Vaccination United Provinces of Agra and Oudh 1923-1928 - 1923-1928
Year: 1923
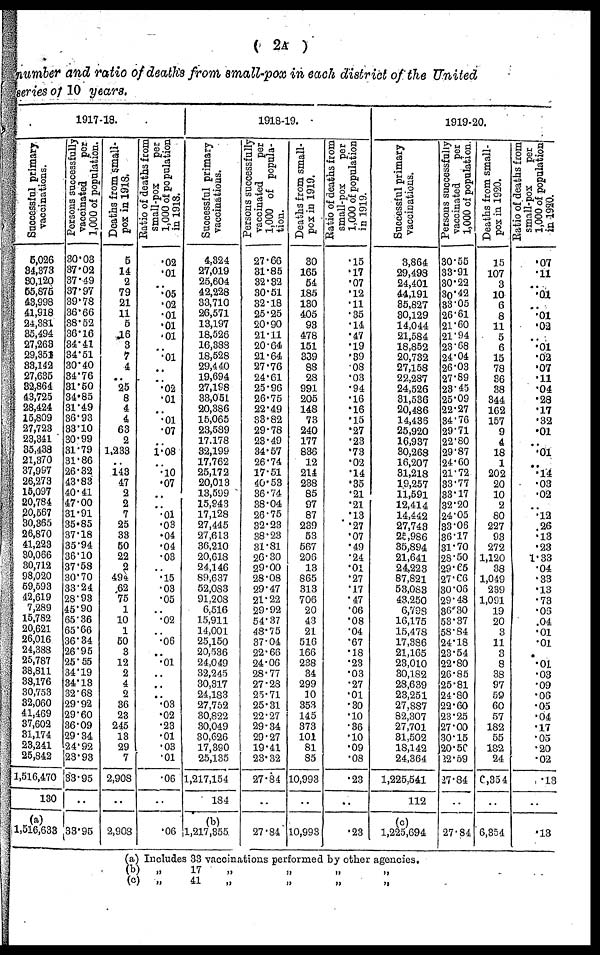
( 2A )
number and ratio of deaths from small-pox in each district of the United
series of 10 years.
1917-18.
Successful primary
vaccinations.
5,026
34,373
30,120
55,875
43,998
41,918
24,381
35,494
27,263
29,351
33,142
27,635
32,864
43,725
28,424
15,809
27,723
23,341
35,438
21,370
37,997
26,273
15,097
20,784
20,567
30,365
26,870
41,223
30,066
30,712
98,020
59,593
42,619
7,289
15,782
20,621
26,016
24,388
25,787
38,811
38,176
30,753
32,060
41,469
37,602
31,174
23,241
25,842
1,516,470
130
(a)
1,516,633
Persons successfully
vaccinated
per
1,000 of population.
30.03
37.02
37.49
37.97
39.78
36.66
38.62
36.16
34.41
34.51
30.40
34.76
31.50
34.85
31.49
36.93
33.10
30.99
31.79
31.86
26.32
43.83
40.41
47.00
31.91
35.85
37.18
35.94
36.10
37.58
30.70
33.24
28.98
45.90
65.36
65.66
36.34
26.95
25.55
34.19
34.13
32.68
29.92
29.60
36.09
29.34
24.92
23.93
33.95
..
33.95
Deaths from small-
pox in 1918.
5
14
2
79
21
11
5
16
3
7
4
..
25
8
4
4
63
2
1,233
..
148
47
2
2
7
25
33
50
22
2
494
62
75
1
10
1
50
3
12
2
4
2
36
23
245
13
29
7
2,908
..
2,903
Ratio of deaths from
small-pox
per
1,000 of population
in 1918.
.02
.01
..
.05
.02
.01
.01
.01
..
.01
..
..
.02
.01
..
.01
.07
..
1.08
..
.10
.07
..
..
.01
.03
.04
.04
.03
..
.15
.03
.05
..
.02
..
.06
..
.01
..
..
..
.03
.02
.23
.01
.03
.01
.06
..
.06
1918-19.
Successful primary
vaccinations.
4,824
27,019
25,604
42,228
33,710
26,571
13,197
18,526
16,388
18,528
29,440
19,694
27,198
33,051
20,386
15,065
23,589
17,178
32,199
17,762
25,172
20,013
13,599
15,943
17,128
27,445
27,613
36,210
20,618
24,146
89,637
52,083
91,208
6,516
15,911
14,001
25,150
20,536
24,049
32,245
30,317
24,183
27,752
30,822
30,049
30,626
17,390
25,135
1,217,154
184
(b)
1,217,355
Persons successfully
vaccinated
per
1,000 of popula-
tion.
27.66
31.85
32.82
30.51
32.18
25.25
20.90
21.11
20.64
21.64
27.76
24.61
25.96
26.75
22.49
33.82
29.78
23.49
34.57
26.74
17.51
40.53
36.74
38.04
26.75
32.23
38.23
31.81
26.30
29.00
28.08
29.47
21.22
29.92
54.37
48.75
37.04
22.66
24.06
28.77
27.28
25.71
25.31
22.27
29.34
29.27
19.41
23.32
27.84
..
27.84
Deaths from small-
pox in 1919.
30
165
54
185
130
405
93
478
151
339
88
28
991
205
148
73
240
177
836
12
214
238
85
97
87
239
53
567
206
13
865
313
706
20
43
21
516
166
238
34
299
10
353
145
373
101
81
85
10,993
..
10,993
Ratio of deaths from
small-pox
per
1,000 of population
in
1919.
.15
.17
.07
.12
.11
.35
.14
.47
.19
.39
.08
.03
.94
.16
.16
.15
.27
.23
.73
.02
.14
.35
.21
.21
.13
.27
.07
.49
.24
.01
.27
.17
.47
.06
.08
.04
.67
.18
.23
.03
.27
.01
.30
.10
.36
.10
.09
.08
.23
..
.23
1919-20.
Successful primary
vaccinations.
3,864
29,498
24,401
44,191
85,827
30,129
14,044
21,584
18,852
20,732
27,158
22,287
24,526
31,536
20,486
14,436
25,920
16,937
30,268
16,207
31,218
19,257
11,591
12,414
14,442
27,743
25,986
35,894
21,641
24,223
87,821
53,083
43,250
6,798
16,175
15,478
17,386
21,165
23,010
30,182
28,639
23,251
27,887
82,307
27,701
31,502
18,142
24,364
1,225,541
112
(c)
1,225,694
Persons successfully
vaccinated
per
1,000 of population.
30.55
33.91
30.22
30.42
33.05
26.61
21.60
21.94
23.68
24.04
26.03
27.89
23.45
25.09
22.27
34.76
29.71
22.80
29.87
24.60
21.72
33.77
33.17
32.20
24.05
33.06
36.17
31.70
28.50
29.65
27.66
30.06
29.48
36.30
53.37
58.84
24.18
23.54
22.80
26.85
25.81
24.80
22.60
23.25
27.00
30.15
20.56
22.59
27.84
..
27.84
Deaths from small-
pox in 1920.
15
107
3
10
6
8
11
5
6
15
78
86
38
344
162
157
9
4
18
1
202
20
10
2
80
227
93
272
1,120
38
1,049
239
1,091
19
20
3
11
3
8
38
97
59
60
57
182
55
182
24
6,354
..
6,854
Ratio of. deaths from
small-pox
per
1,000 of population
in 1920.
.07
.11
..
.01
..
.01
.02
..
.01
.02
.07
.11
.04
.28
.17
.32
.01
..
.01
..
.14
.03
.02
..
.12
.26
.13
.23
1.33
.04
.33
.13
.73
.06
.04
.01
.01
.
.01
.03
.09
.06
.05
.04
.17
.05
.20
.02
.13
..
.13
(a) Includes 33 vaccinations performed by other agencies.
(b)
„
17 „ „ „ „
(c) „ 41 „ „ „ „